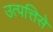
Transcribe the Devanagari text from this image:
उत्पत्तिसे